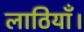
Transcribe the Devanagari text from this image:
लाठियाँ।